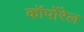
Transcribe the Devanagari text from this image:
कॉर्पोरेल